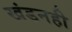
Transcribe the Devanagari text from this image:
खंडनही